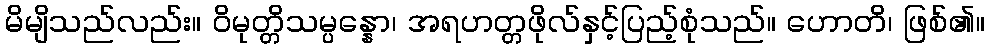
မိမျိသည်လည်း။ ဝိမုတ္တိသမ္ပန္နော၊ အရဟတ္တဖိုလ်နှင့်ပြည့်စုံသည်။ ဟောတိ၊ ဖြစ်၏။